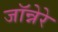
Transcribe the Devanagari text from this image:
जॉन्नेरे